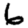
Digit: 6